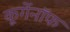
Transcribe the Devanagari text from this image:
कूर्गेनॉफ